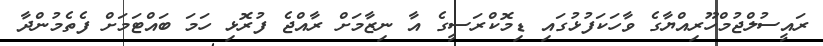
ރައީސުލްޖުމްހޫރިއްޔާގެ ވާހަކަފުޅުގައި ޑިމޮކްރަސީގެ އާ ނިޒާމަށް ރާއްޖެ ފުރޮޅި ހަމަ ބައްޓަމަށް ފެތެމުންދާ